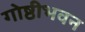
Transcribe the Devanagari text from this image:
गोष्ठीभवन